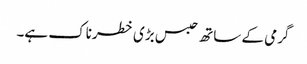
گرمی کے ساتھ حبس بڑی خطرناک ہے۔